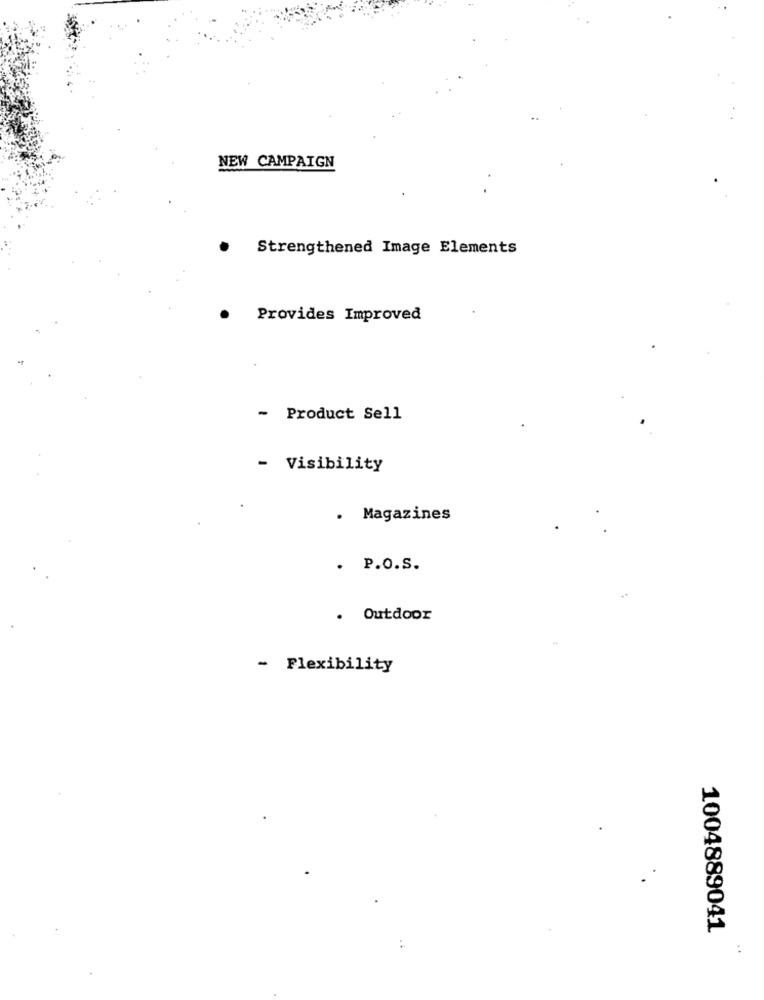
NEW CAMPAIGN
.
Strengthened Image Elements
.
Provides Improved
- Product Sell
- Visibility
Magazines
. P.O.S.
. Outdoor
- Flexibility
1004889041